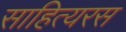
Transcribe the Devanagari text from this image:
साहित्यरस